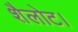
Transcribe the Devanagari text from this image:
शैलोट।